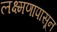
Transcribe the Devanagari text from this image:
लक्ष्मणापासून